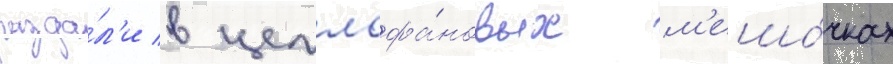
разда́л'и в целлофа́новых м'ешо́чках